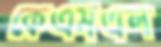
কেএমএল